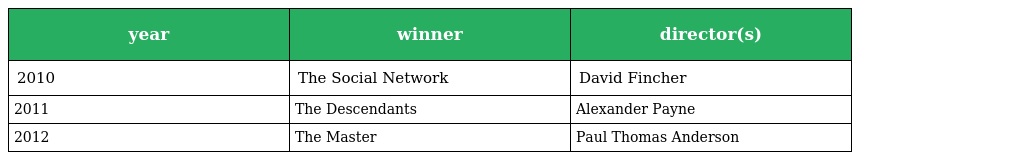
| year | winner | director(s) |
 | --- | --- | --- |
 | 2010 | The Social Network | David Fincher |
 | 2011 | The Descendants | Alexander Payne |
 | 2012 | The Master | Paul Thomas Anderson |